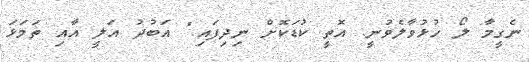
ނެގީމާ ލޯ ހުޅުވާލެވުނީ. އޮތީ ކުޑަކޮށް ނިދިފައި." އަބުދު އަލީ އާއި ތަމަޅަ